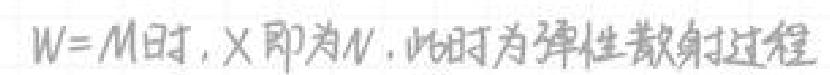
$W = M$时, $\chi$ 即为$N$. 此时为弹性散射过程